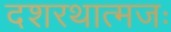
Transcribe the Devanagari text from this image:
दशरथात्मजः